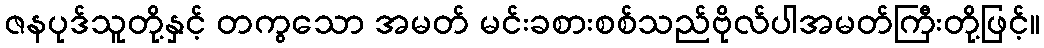
ဇနပုဒ်သူတို့နှင့် တကွသော အမတ် မင်းခစားစစ်သည်ဗိုလ်ပါအမတ်ကြီးတို့ဖြင့်။